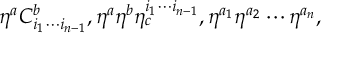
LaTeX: \eta ^ { a } C _ { i _ { 1 } \cdots i _ { n - 1 } } ^ { b } , \eta ^ { a } \eta ^ { b } \eta _ { c } ^ { i _ { 1 } \cdots i _ { n - 1 } } , \eta ^ { a _ { 1 } } \eta ^ { a _ { 2 } } \cdots \eta ^ { a _ { n } } ,